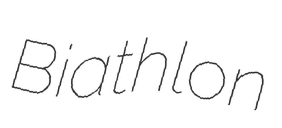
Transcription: Biathlon